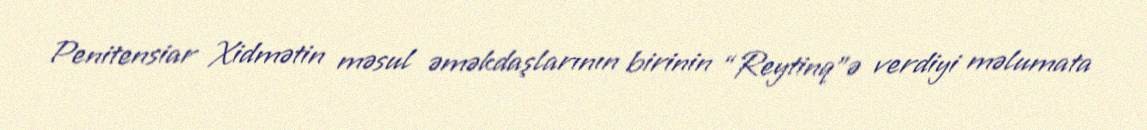
Penitensiar Xidmətin məsul əməkdaşlarının birinin “Reytinq”ə verdiyi məlumata